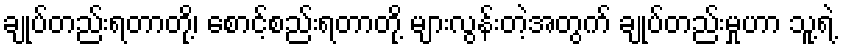
ချုပ်တည်းရတာတို့၊ စောင့်စည်းရတာတို့ များလွန်းတဲ့အတွက် ချုပ်တည်းမှုဟာ သူ့ရဲ့